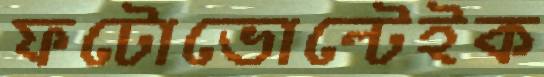
ফটোভোল্টেইক